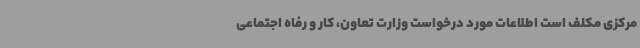
مرکزی مکلف است اطلاعات مورد درخواست وزارت تعاون، کار و رفاه اجتماعی